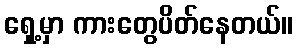
ရှေ့မှာ ကားတွေပိတ်နေတယ်။